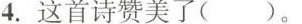
4.这首诗赞美了()。